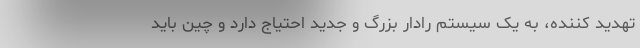
تهدید کننده، به یک سیستم رادار بزرگ و جدید احتیاج دارد و چین باید